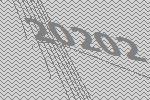
20202